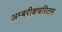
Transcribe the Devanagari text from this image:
अम्बरीक्षचरितम